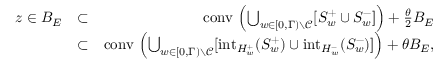
\begin{array} { r l r } { \textstyle z \in B _ { E } } & { \subset } & { \textstyle { \mathrm { c o n v } } \, \left( \bigcup _ { w \in [ 0 , \Gamma ) \setminus \mathcal { C } } [ S _ { w } ^ { + } \cup S _ { w } ^ { - } ] \right) + \frac \theta 2 B _ { E } } \\ & { \subset } & { \textstyle { \mathrm { c o n v } } \, \left( \bigcup _ { w \in [ 0 , \Gamma ) \setminus \mathcal { C } } [ \mathrm { i n t } _ { H _ { w } ^ { + } } ( S _ { w } ^ { + } ) \cup \mathrm { i n t } _ { H _ { w } ^ { - } } ( S _ { w } ^ { - } ) ] \right) + \theta B _ { E } , } \end{array}